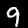
Digit: 9